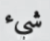
شيء